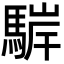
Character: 䮗